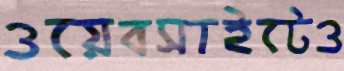
ওয়েবসাইটেও